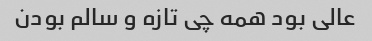
عالی بود همه چی تازه و سالم بودن